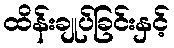
ထိန်းချုပ်ခြင်းနှင့်